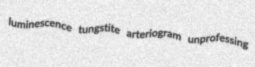
luminescence tungstite arteriogram unprofessing